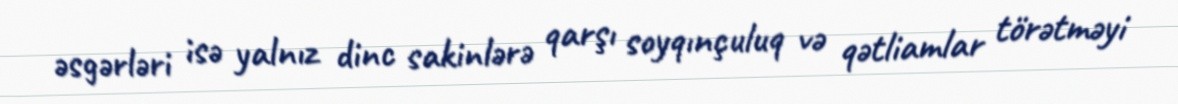
əsgərləri isə yalnız dinc sakinlərə qarşı soyqınçuluq və qətliamlar törətməyi